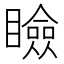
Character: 瞼